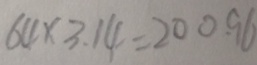
6 4 \times 3 . 1 4 = 2 0 0 . 9 6